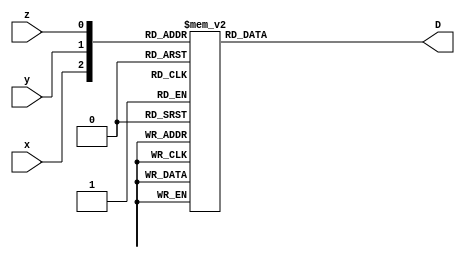
`timescale 1ns / 1ps
//////////////////////////////////////////////////////////////////////////////////
// Company: 
// Engineer: 
// 
// Design Name: 
// Module Name: decoder_3X8
// Project Name: 
// Target Devices: 
// Tool Versions: 
// Description: 
// 
// Dependencies: 
// 
// Revision:
// Revision 0.01 - File Created
// Additional Comments:
// 
//////////////////////////////////////////////////////////////////////////////////


module decoder_3X8(x,y,z,D);
input x,y,z;
output reg[7:0] D;

always @({x,y,z})
begin
    case({x,y,z})
        3'b000 : D=8'b00000001;
        3'b001 : D=8'b00000010;
        3'b010 : D=8'b00000100;
        3'b011 : D=8'b00001000;
        3'b100 : D=8'b00010000;
        3'b101 : D=8'b00100000;
        3'b110 : D=8'b01000000;
        3'b111 : D=8'b10000000;
        default : D=8'b00000000;
    endcase
end
endmodule